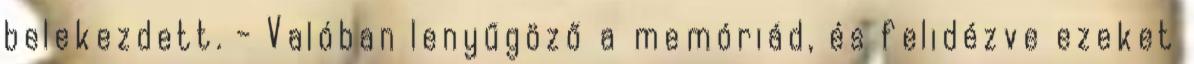
belekezdett. - Valóban lenyűgöző a memóriád, és felidézve ezeket